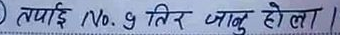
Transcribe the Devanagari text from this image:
तपाईं No. 9 तिर जानु होला ।